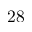
2 8